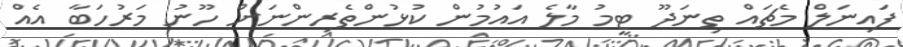
ފައިނަލް މެޗައް ތިނަދޫ ޓީމު މާލެ އައުމުން ކުޅުންތެރިންނަށް ހޫނު މަރުހަބާ އެއް